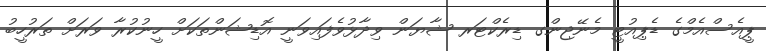
ޕީއެސްއެމްގެ ޑެޕިއުޓީ މެނޭޖިންގ ޑިރެކްޓަރ ޝާޔަން ވިދާޅުވެފައިވަނީ އޮޑިޝަންތަކަށް ހީނުކުރާ ވަރަށް ތަރުހީބު